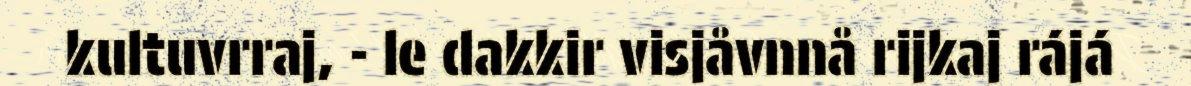
kultuvrraj, - le dakkir visjåvnnå rijkaj rájá